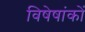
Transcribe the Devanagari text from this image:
विषेषांकों